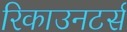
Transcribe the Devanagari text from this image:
रिकाउनटर्स